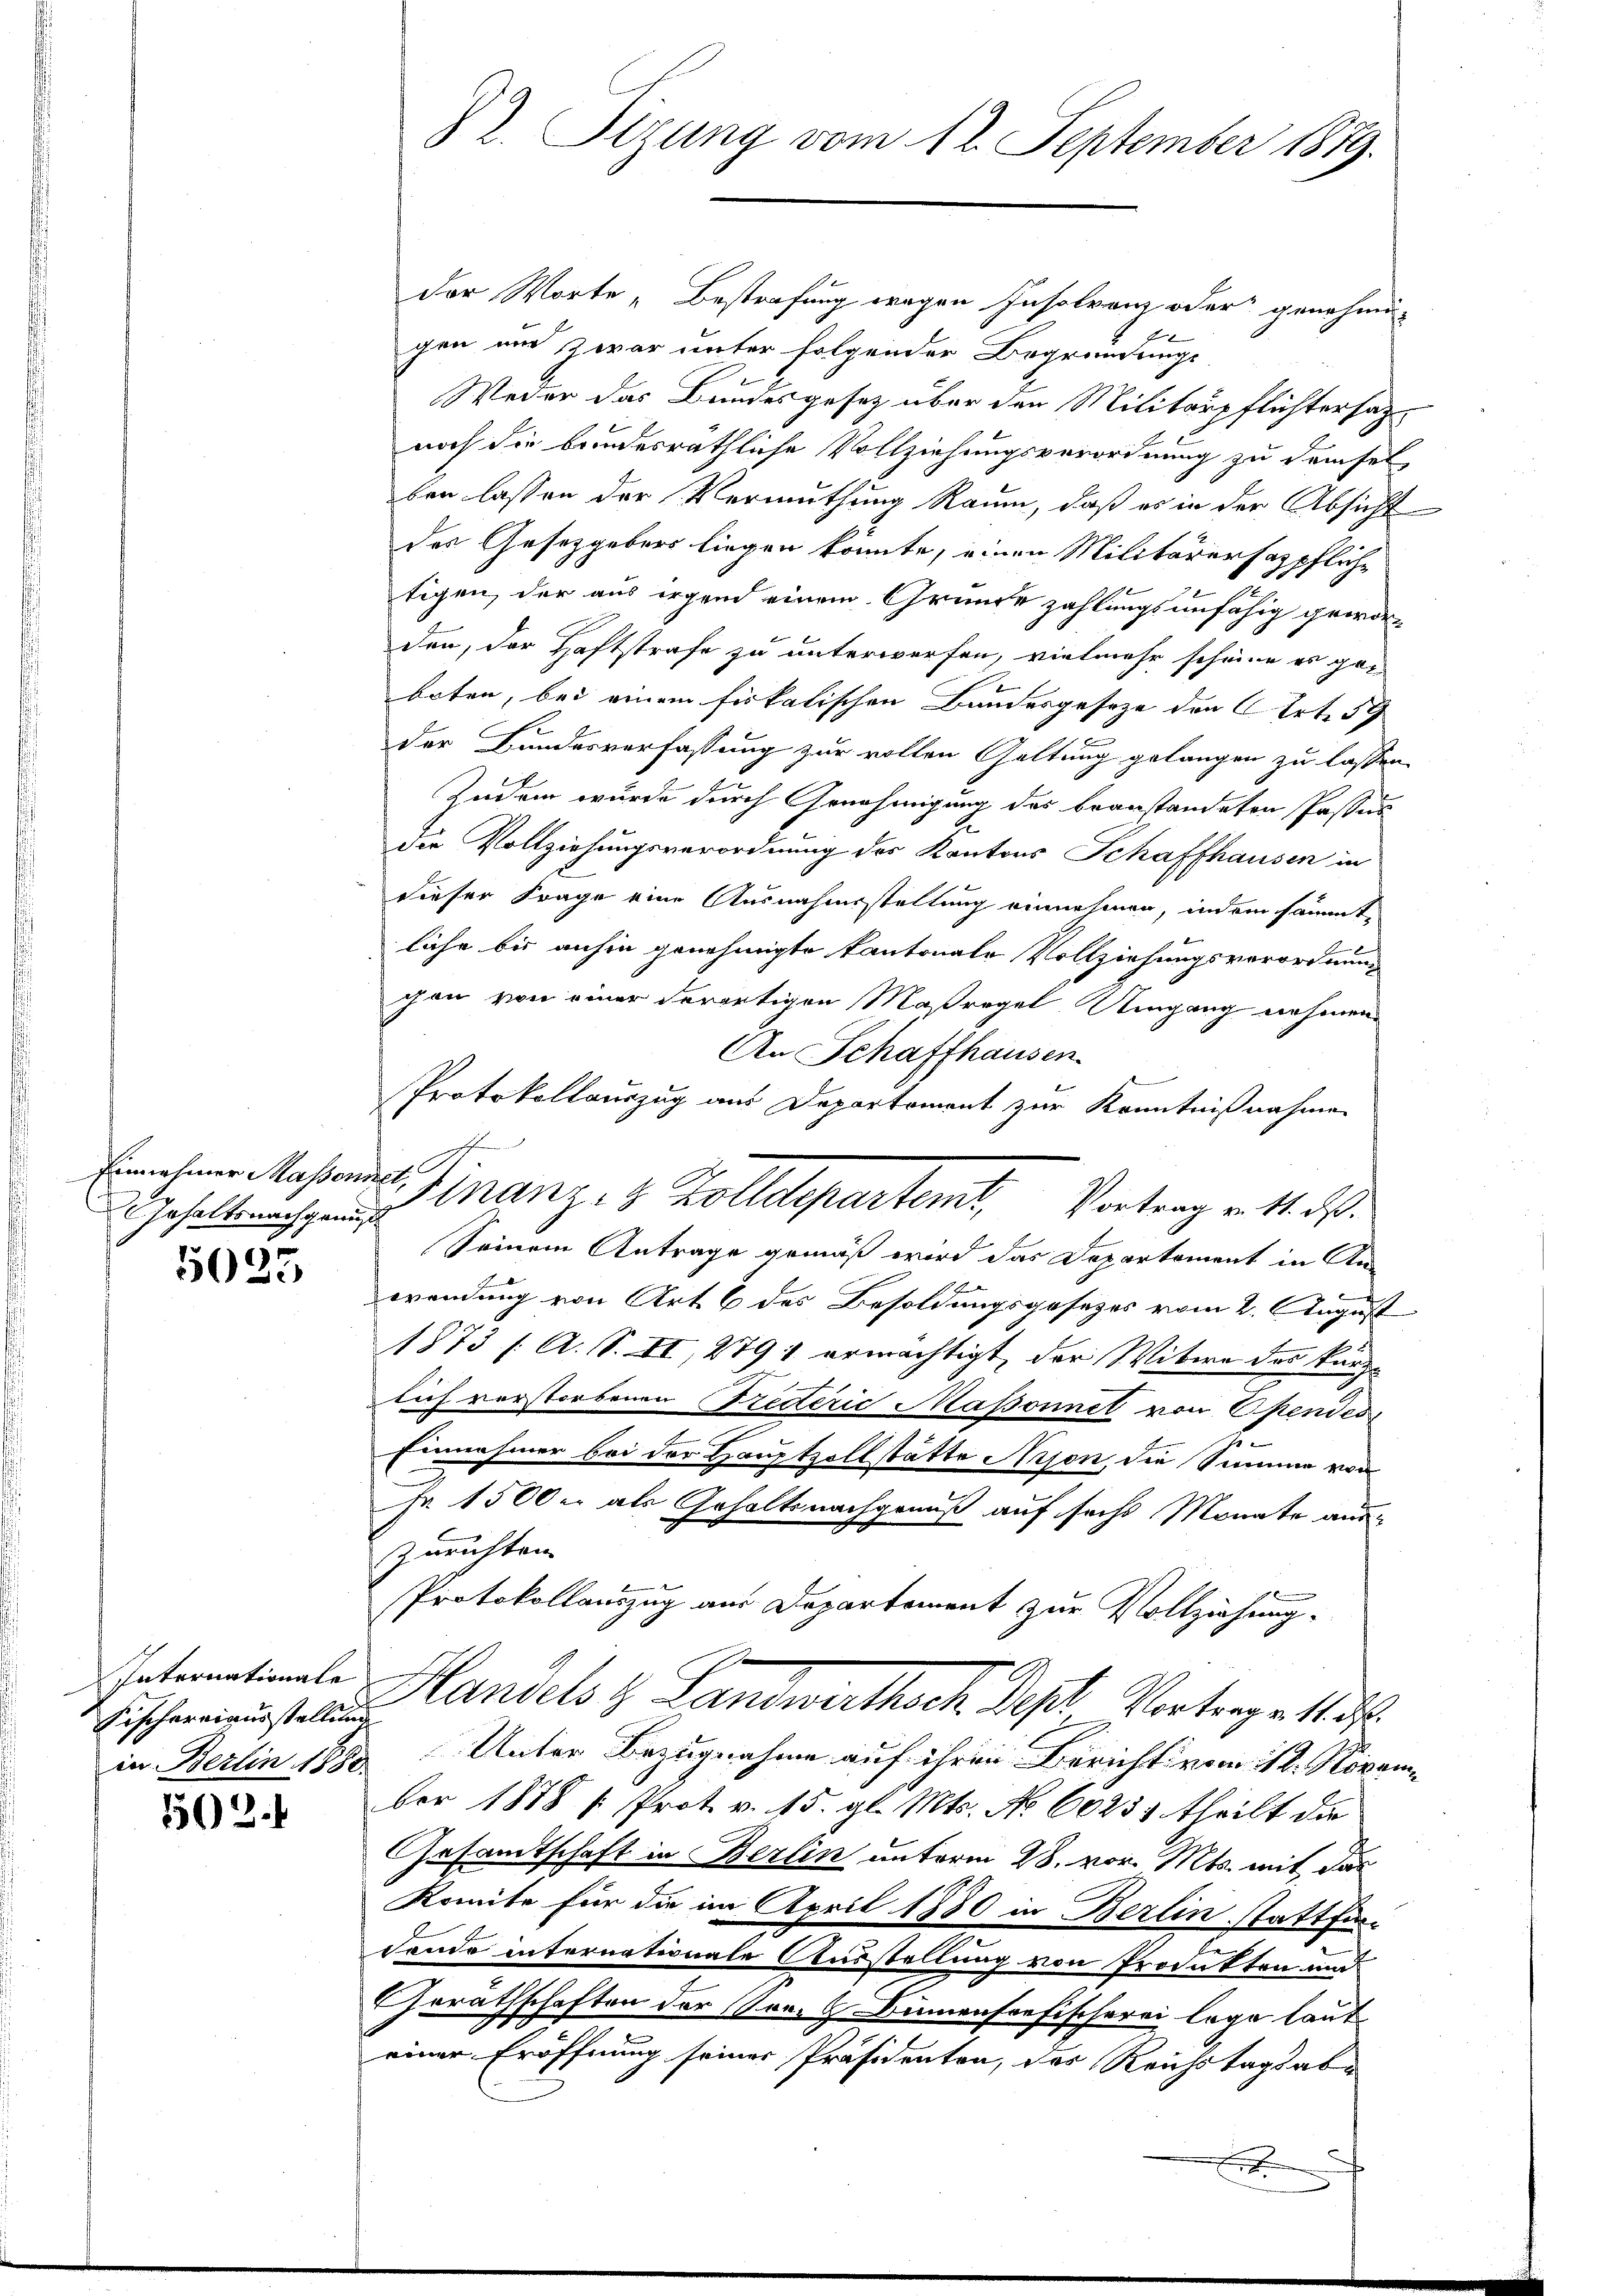
Gehaltsnachgenus

5025

Internationale

562.

der Worte „Bestrafung wegen Insolvenz oder genehmi-
gen und zwar unter folgender Begründungs
Weder das Bundesgesetz über den Militärpflichtersatz
noch die bundesräthliche Vollziehungsverordnung zu demsel
ben lassen der Vermuthung Raum, daß es in der Absicht
des Gesetzgebers liegen könnte, einen Militärerhazpfliche
tigen, der aus irgend einem Grunde zahlungsunfähig geworden, der Haftstrafe zu unterwerfen, vielmehr scheine es gei
boten, bei einem fiskalischen Bundesgeseze den Art. 59
der Bundesverfassung zur vollen Galtung gelangen zu lassen.
Zudem wurde durch Genehmigung des beanstandeten Passus
die Vollziehungsverordnung des Kantons Schaffhausen in
dieser Frage eine Ausnahmsstellung einnehmen, indem sämmtliche bis anhin genehmigte kantonale Vollziehungsverordnung
con von einer derartigen Maßregel Umgang nehmen
An Schaffhausen.
Protokollauszug aus Departement zur Kenntnißnahme
Seinem Antrage gemäß wird das Departement in An-
wendung von Art. 6 des Besoldungsgesezes vom 2. August
1873 /A. S. II, 279 : ermächtigt, der Witwe der kurze
lich verstorbenen Prederić Maßonnet von Ependes,
Einnahmer bei der Hauptzollstätte Nijon, die Summe von
a 1500 u. als Gehaltsnachgenuß auf sechs Monate aus¬
Zurichten
Protokollauszug aus Departement zur Vollziehung.
Fischerneusteln andels & Landwirthsch Post Vortrage 11 d.
in Berlin 1880 Unter Bezugnahme auf ihren Bericht vom 12. November 1878 /: Prot. v. 15. gl. Mts. No 60234 theilt die
Gesandtschaft in Berlin unterm 28. vor. Mts. mit das
Komite für die im April 1880 in Berlin stattfin¬
Londo internationale Ausstellung von Produkten und
Geräthschaften der Preis Dimensoefischerei lege laut
einer Eröffnung seiner Präsidenten, das Reichstagsab¬
F

82. Sizung vom 12. September 1879.

Ernohmen Kasers Finanz- 8 Zolldepartemt. Vortrag v. 4. d.